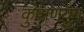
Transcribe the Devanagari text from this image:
कुषाणयुग